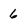
Character: 6